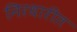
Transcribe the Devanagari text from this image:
निरधारीत